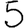
Digit: 5